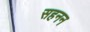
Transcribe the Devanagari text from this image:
सहनन